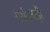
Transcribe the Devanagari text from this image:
गयी।बड़ी